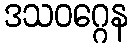
ဒသဝဂ္ဂေန